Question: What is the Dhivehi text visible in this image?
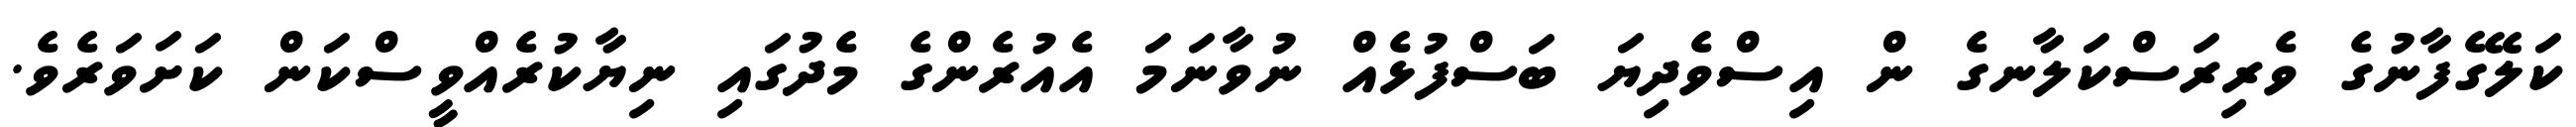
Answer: ކަލޭގެފާނުގެ ވެރިރަސްކަލާނގެ ން އިސްވެދިޔަ ބަސްފުޅެއް ނުވާނަމަ އެއުރެންގެ މެދުގައި ނިޔާކުރެއްވީސްކަން ކަށަވަރެވެ.